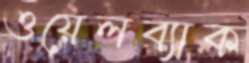
ওয়েলব্যাক